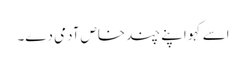
اسے کہو اپنے چند خاص آدمی دے۔